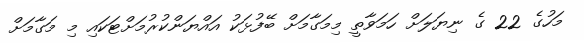
މަހުގެ 22 ގެ ނިޔަލަށް ހަމަވާތީ މިމަގާމަށް ބޭފުޅަކު އައްޔަންކުރުމަށްޓަކައި މި މަގާމަށް